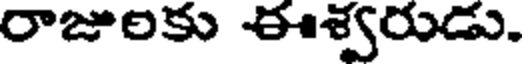
రాజులకు ఈశ్వరుడు.